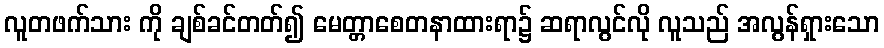
လူတဖက်သား ကို ချစ်ခင်တတ်၍ မေတ္တာစေတနာထားရာ၌ ဆရာလွင်လို လူသည် အလွန်ရှားသော